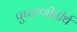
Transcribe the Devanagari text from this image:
पुष्कणीतीर्थ